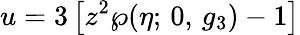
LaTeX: u=3\left[z^{2}\wp(\eta;\, 0,\, g_{3})-1\right]